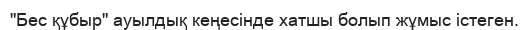
"Бес құбыр" ауылдық кеңесінде хатшы болып жұмыс істеген.